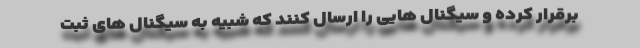
برقرار کرده و سیگنال هایی را ارسال کنند که شبیه به سیگنال های ثبت